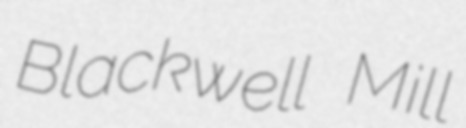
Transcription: Blackwell Mill